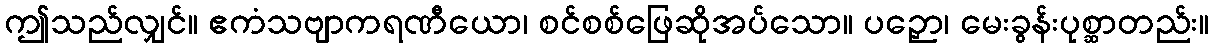
ဤသည်လျှင်။ ဧကံသဗျာကရဏီယော၊ စင်စစ်ဖြေဆိုအပ်သော။ ပဉှော၊ မေးခွန်းပုစ္ဆာတည်း။